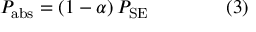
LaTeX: P _ { \mathrm { { a b s } } } = ( 1 - \alpha ) \, P _ { \mathrm { { S E } } } \qquad \qquad ( 3 )